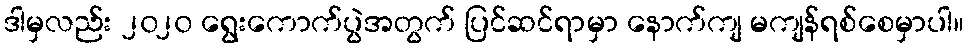
ဒါမှလည်း ၂၀၂၀ ရွေးကောက်ပွဲအတွက် ပြင်ဆင်ရာမှာ နောက်ကျ မကျန်ရစ်စေမှာပါ။